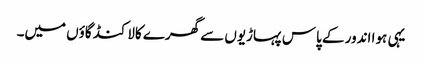
یہی ہوا اندور کے پاس پہاڑیوں سے گھرے کالاکنڈ گاؤں میں۔